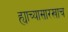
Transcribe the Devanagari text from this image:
ह्याच्यासारखाच